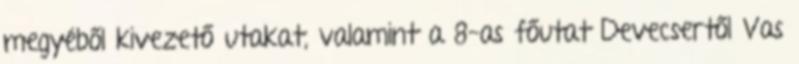
megyéből kivezető utakat, valamint a 8-as főutat Devecsertől Vas